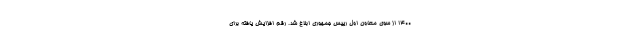
۱۴۰۰ از سوی معاون اول رییس جمهوری ابلاغ شد. رقم افزایش یافته برای